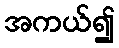
အကယ်၍